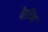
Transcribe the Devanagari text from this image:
वैरञ्चि